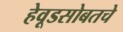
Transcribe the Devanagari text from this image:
हेवूडसोबतचे